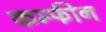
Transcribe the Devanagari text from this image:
कम्फीन